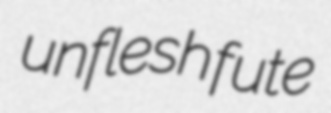
unflesh fute